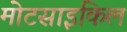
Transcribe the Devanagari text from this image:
मोटसाइकिल